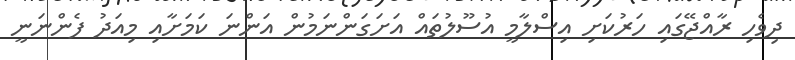
ދިވެހި ރާއްޖޭގައި ހަރުކަށި އިސްލާމީ އުސޫލުތައް އަށަގަންނަމުން އަންނަ ކަމަށާއި މިއަދު ފެންނަނީ